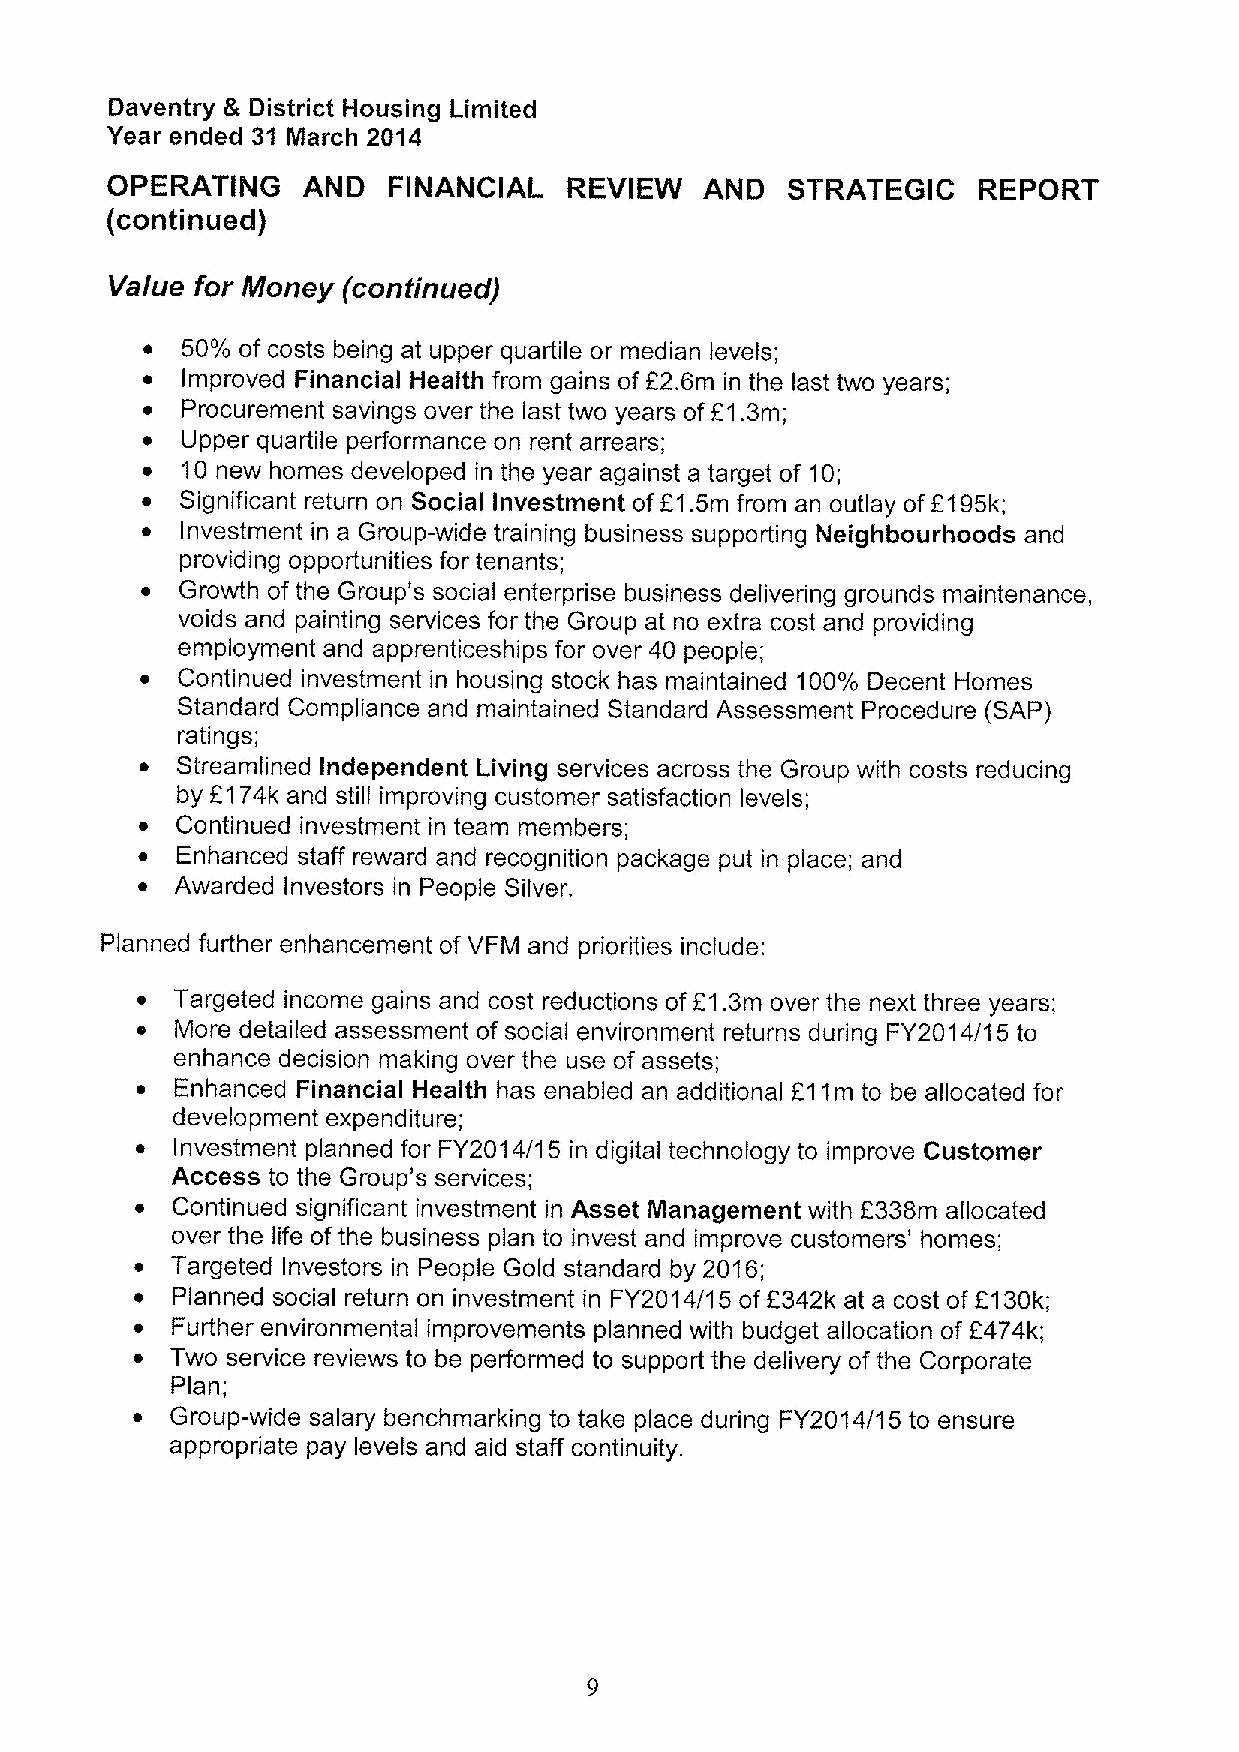
Daventry 8 District Housing Limited
 Year ended 31 March 2014
 OPERATING    AND   FINANCIAL   REVIEW   AND  STRATEGIC    REPORT
 (continued)
 Value for Money (continued)
 ~  50'/o of costs being at upper quartile or median levels;
 ~  Improved Financial Health from gains of F2.6m in the last two years;
 ~  Procurement savings over the last two years of F1.3m;
 ~  Upper quartile performance on rent arrears;
 I  10 new homes developed in the year against a target of 10;
 ~  Significant return on Social Investment of F1.5m from an outlay of 2195k;
 o  Investment in a Group-wide training business supporting Neighbourhoods and
 providing opportunities for tenants;
 ~  Growth of the Group's social enterprise business delivering grounds maintenance,
 voids and painting services for the Group at no extra cost and providing
 employment and apprenticeships for over 40 people;
 o  Continued investment in housing stock has maintained 100'/0 Decent Homes
 Standard Compliance and maintained Standard Assessment Procedure (SAP)
 ratings;
 ~  Streamlined Independent Living services across the Group with costs reducing
 by F174k and still improving customer satisfaction levels;
 ~  Continued investment in team members;
 ~  Enhanced staff reward and recognition package put in place; and
 ~  Awarded Investors in People Silver.
 Planned further enhancement of VFM and priorities include:
 ~  Targeted income gains and cost reductions of F1.3m over the next three years;
 o  More detailed assessment of social environment returns during FY2014/15 to
 enhance decision making over the use of assets;
 e  Enhanced Financial Health has enabled an additional 211m to be allocated for
 development expenditure;
 ~  Investment planned for FY2014/15 in digital technology to improve Customer
 Access to the Group's services;
 ~ Continued significant investment in Asset Management with 2338m allocated
 over the life of the business plan to invest and improve customers' homes;
 ~ Targeted Investors in People Gold standard by 2016;
 ~ Planned social return on investment in FY2014/15 of 6342k at a cost of L130k;
 ~ Further environmental improvements planned with budget allocation of 2474k;
 ~ Two service reviews to be performed to support the delivery of the Corporate
 Plan;
 ~ Group-wide salary benchmarking to take place during FY2014/15 to ensure
 appropriate pay levels and aid staff continuity.